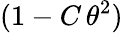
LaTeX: (1-C\, \theta^{2})